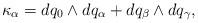
LaTeX: \begin{align*}\kappa_\alpha&=dq_0 \wedge dq_\alpha + dq_\beta\wedge dq_\gamma,\end{align*}